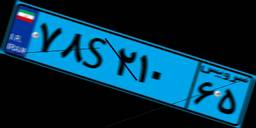
۷۸S۲۱۰۶۵